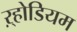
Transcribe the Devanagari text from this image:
ऱ्होडियम